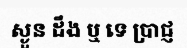
ស្ងួន ដឹង ឬ ទេ ប្រាជ្ញ